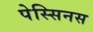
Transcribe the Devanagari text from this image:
पेस्सिनस